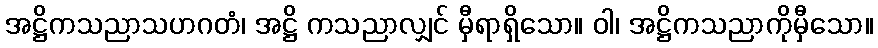
အဋ္ဌိကသညာသဟဂတံ၊ အဋ္ဌိ ကသညာလျှင် မှီရာရှိသော။ ဝါ၊ အဋ္ဌိကသညာကိုမှီသော။